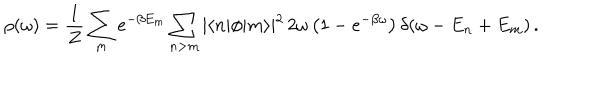
LaTeX: \rho ( \omega ) = { \frac { 1 } { Z } } \sum _ { m } e ^ { - \beta E _ { m } } \sum _ { n > m } \vert \langle n \vert \phi \vert m \rangle \vert ^ { 2 } \, 2 \omega \left( 1 - e ^ { - \beta \omega } \right) \delta ( \omega - E _ { n } + E _ { m } ) \, .